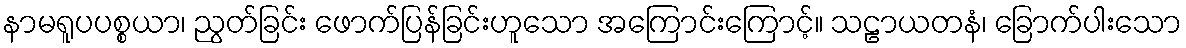
နာမရူပပစ္စယာ၊ ညွတ်ခြင်း ဖောက်ပြန်ခြင်းဟူသော အကြောင်းကြောင့်။ သဠာယတနံ၊ ခြောက်ပါးသော